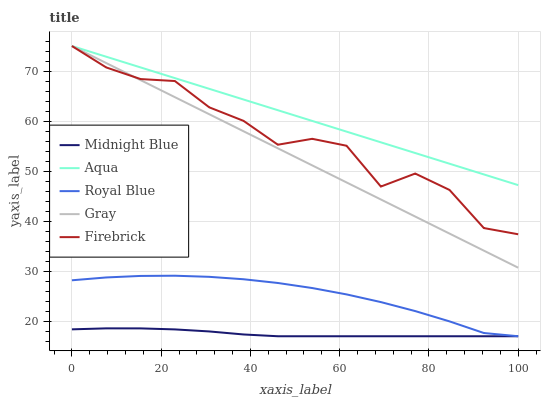
| xaxis_label | Midnight Blue | Aqua | Royal Blue | Gray | Firebrick |
 | --- | --- | --- | --- | --- | --- |
 | 0 | 18.4 | 75 | 28.2 | 75 | 75 |
 | 7.69 | 18.6 | 72.9 | 28.7 | 71.6 | 70.7 |
 | 15.4 | 18.6 | 70.7 | 29.1 | 68.2 | 68.4 |
 | 23.1 | 18.4 | 68.6 | 29.1 | 64.8 | 68 |
 | 30.8 | 18 | 66.4 | 28.9 | 61.4 | 62.7 |
 | 38.5 | 17.4 | 64.3 | 28.4 | 58 | 60 |
 | 46.2 | 17 | 62.2 | 27.6 | 54.6 | 55.3 |
 | 53.8 | 17 | 60 | 26.6 | 51.1 | 56.5 |
 | 61.5 | 17 | 57.9 | 25.4 | 47.7 | 55.1 |
 | 69.2 | 17 | 55.8 | 23.8 | 44.3 | 46.9 |
 | 76.9 | 17 | 53.6 | 22 | 40.9 | 49.5 |
 | 84.6 | 17 | 51.5 | 20 | 37.5 | 46.2 |
 | 92.3 | 17 | 49.3 | 17.6 | 34.1 | 38.6 |
 | 100 | 17 | 47.2 | 17 | 30.7 | 37.4 |